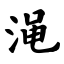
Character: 渑